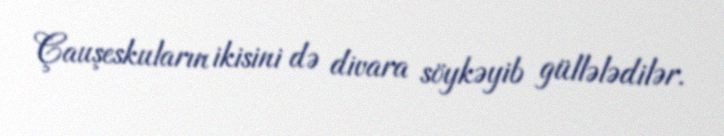
Çauşeskuların ikisini də divara söykəyib güllələdilər.